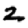
Digit: 2